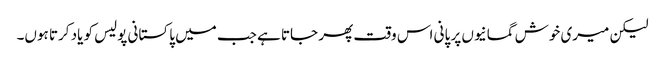
لیکن میری خوش گمانیوں پر پانی اس وقت پھر جاتا ہے جب میں پاکستانی پولیس کو یاد کرتا ہوں۔